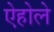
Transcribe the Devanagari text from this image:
ऐहोले